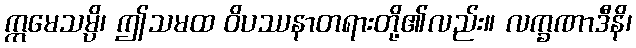
ဣမေသမ္ပိ၊ ဤသမထ ဝိပဿနာတရားတို့၏လည်း။ လက္ခဏာဒီနိ၊